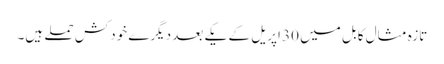
تازہ مثال کابل میں 30 اپریل کے یکے بعد دیگرے خودکش حملے ہیں۔